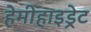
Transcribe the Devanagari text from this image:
हेमीहाइड्रेट